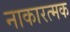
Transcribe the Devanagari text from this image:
नाकारत्मक